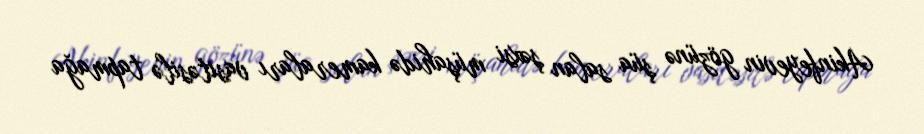
Akinfeyevin gözünə şüa salan şəxsi müşahidə kameraları vasitəsilə tapmağa